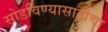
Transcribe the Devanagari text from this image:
सोडविण्यासाठीचा